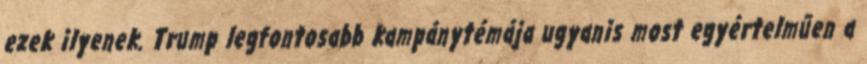
ezek ilyenek. Trump legfontosabb kampánytémája ugyanis most egyértelműen a